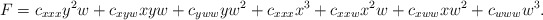
\begin{align*}F=c_{xxx} y^2w + c_{xyw} xyw + c_{yww} yw^2 + c_{xxx} x^3 + c_{xxw}x^2 w+ c_{xww} xw^2 + c_{www}w^3.\end{align*}